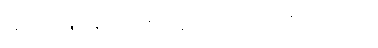
၉၅၃။ သန္တာနော ဒေဝရုက္ခေ စ၊ ဝုတ္တော သန္တတိယံ ပျထ။